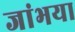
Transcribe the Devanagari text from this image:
जांभया